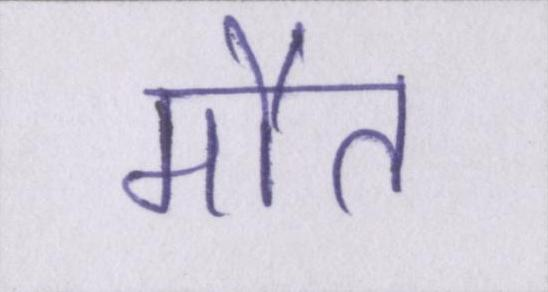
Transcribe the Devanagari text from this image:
मौत